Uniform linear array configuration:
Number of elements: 32
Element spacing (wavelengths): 0.75
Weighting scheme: hamming
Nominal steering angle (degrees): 15
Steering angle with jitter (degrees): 13.43
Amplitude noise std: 0.05
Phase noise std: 0.05

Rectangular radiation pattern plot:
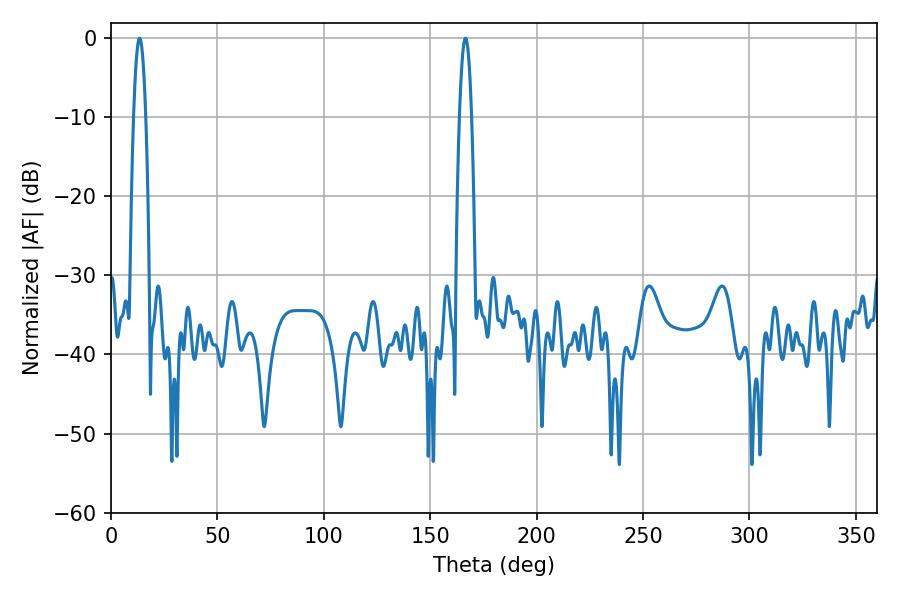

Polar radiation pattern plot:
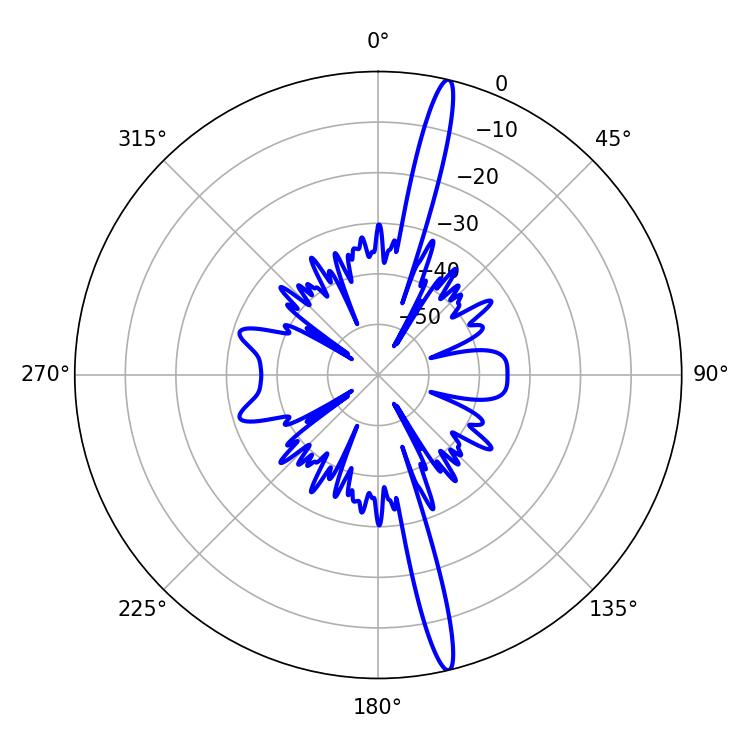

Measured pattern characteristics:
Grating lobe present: TRUE
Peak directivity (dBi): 18.594
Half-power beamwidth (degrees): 3.06
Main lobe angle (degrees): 13.5